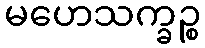
မဟေသက္ခဉ္စ